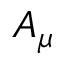
A _ { \mu }